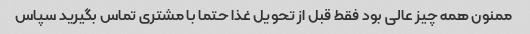
ممنون همه چیز عالی بود فقط قبل از تحویل غذا حتما با مشتری تماس بگیرید سپاس